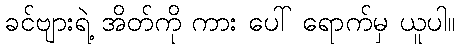
ခင်ဗျားရဲ့ အိတ်ကို ကား ပေါ် ရောက်မှ ယူပါ။